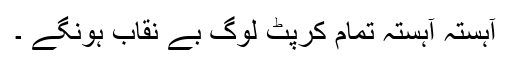
آہستہ آہستہ تمام کرپٹ لوگ بے نقاب ہونگے ۔